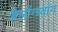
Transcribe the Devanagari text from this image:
हैलोंग्च्यांग